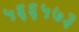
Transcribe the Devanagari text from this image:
५६६५७३